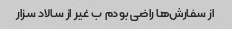
از سفارش‌ها راضی بودم ب غیر از سالاد سزار